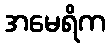
အမေရိက